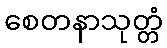
စေတနာသုတ္တံ